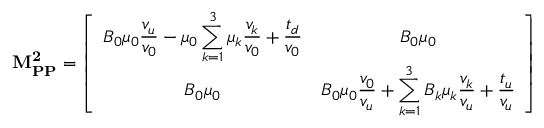
\mathbf { M _ { P P } ^ { 2 } } = \left[ \begin{array} { c c } { { \displaystyle B _ { 0 } \mu _ { 0 } \frac { v _ { u } } { v _ { 0 } } - \mu _ { 0 } \sum _ { k = 1 } ^ { 3 } \mu _ { k } \frac { v _ { k } } { v _ { 0 } } + \frac { t _ { d } } { v _ { 0 } } } } & { { B _ { 0 } \mu _ { 0 } } } \\ { { B _ { 0 } \mu _ { 0 } } } & { { \displaystyle B _ { 0 } \mu _ { 0 } \frac { v _ { 0 } } { v _ { u } } + \sum _ { k = 1 } ^ { 3 } B _ { k } \mu _ { k } \frac { v _ { k } } { v _ { u } } + \frac { t _ { u } } { v _ { u } } } } \end{array} \right]